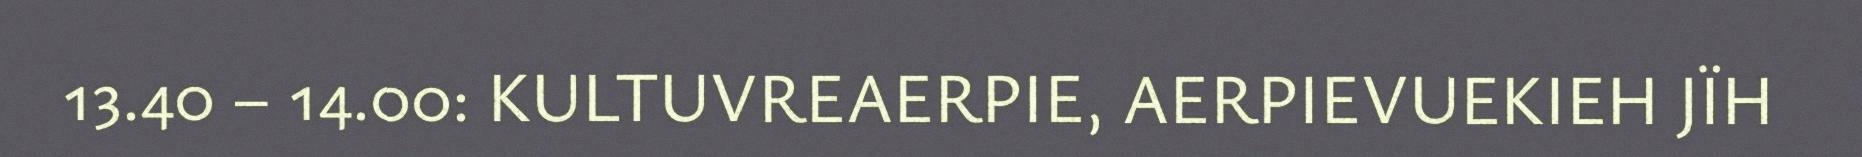
13.40 – 14.00: KULTUVREAERPIE, AERPIEVUEKIEH JÏH